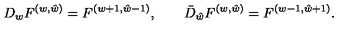
{ D _ { w } F ^ { ( w , \hat { w } ) } = F ^ { ( w + 1 , \hat { w } - 1 ) } , \qquad \bar { D } _ { \hat { w } } F ^ { ( w , \hat { w } ) } = F ^ { ( w - 1 , \hat { w } + 1 ) } . }